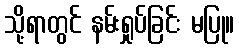
သို့ရာတွင် နမ်းရှုပ်ခြင်း မပြု။